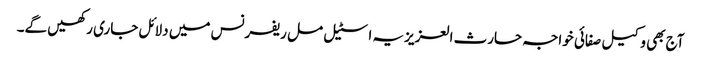
آج بھی وکیل صفائی خواجہ حارث العزیزیہ اسٹیل مل ریفرنس میں دلائل جاری رکھیں گے۔